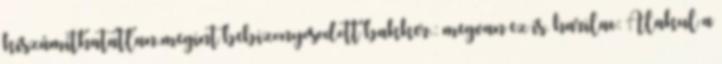
kiszámíthatatlan.megint bebizonyosodott bakker.: megvan ez is. harilac: Alakul a